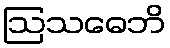
ဩသဓေဘိ